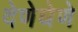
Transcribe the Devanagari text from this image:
देणेघेणे